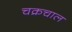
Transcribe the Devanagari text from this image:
चक्रचाल